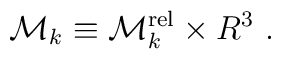
{\cal M}_k  \equiv {\cal M}_k ^ {\rm rel} \times {R} ^3\ .